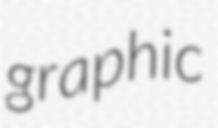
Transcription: graphic